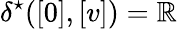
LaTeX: {\delta^{\star}([0],[v])=\mathbb{R}}